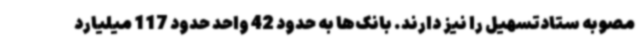
مصوبه ستادتسهیل را نیز دارند. بانک‌ها به حدود 42 واحد حدود 117 میلیارد